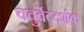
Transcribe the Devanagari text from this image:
चतुर्वेददर्शक